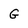
Character: G